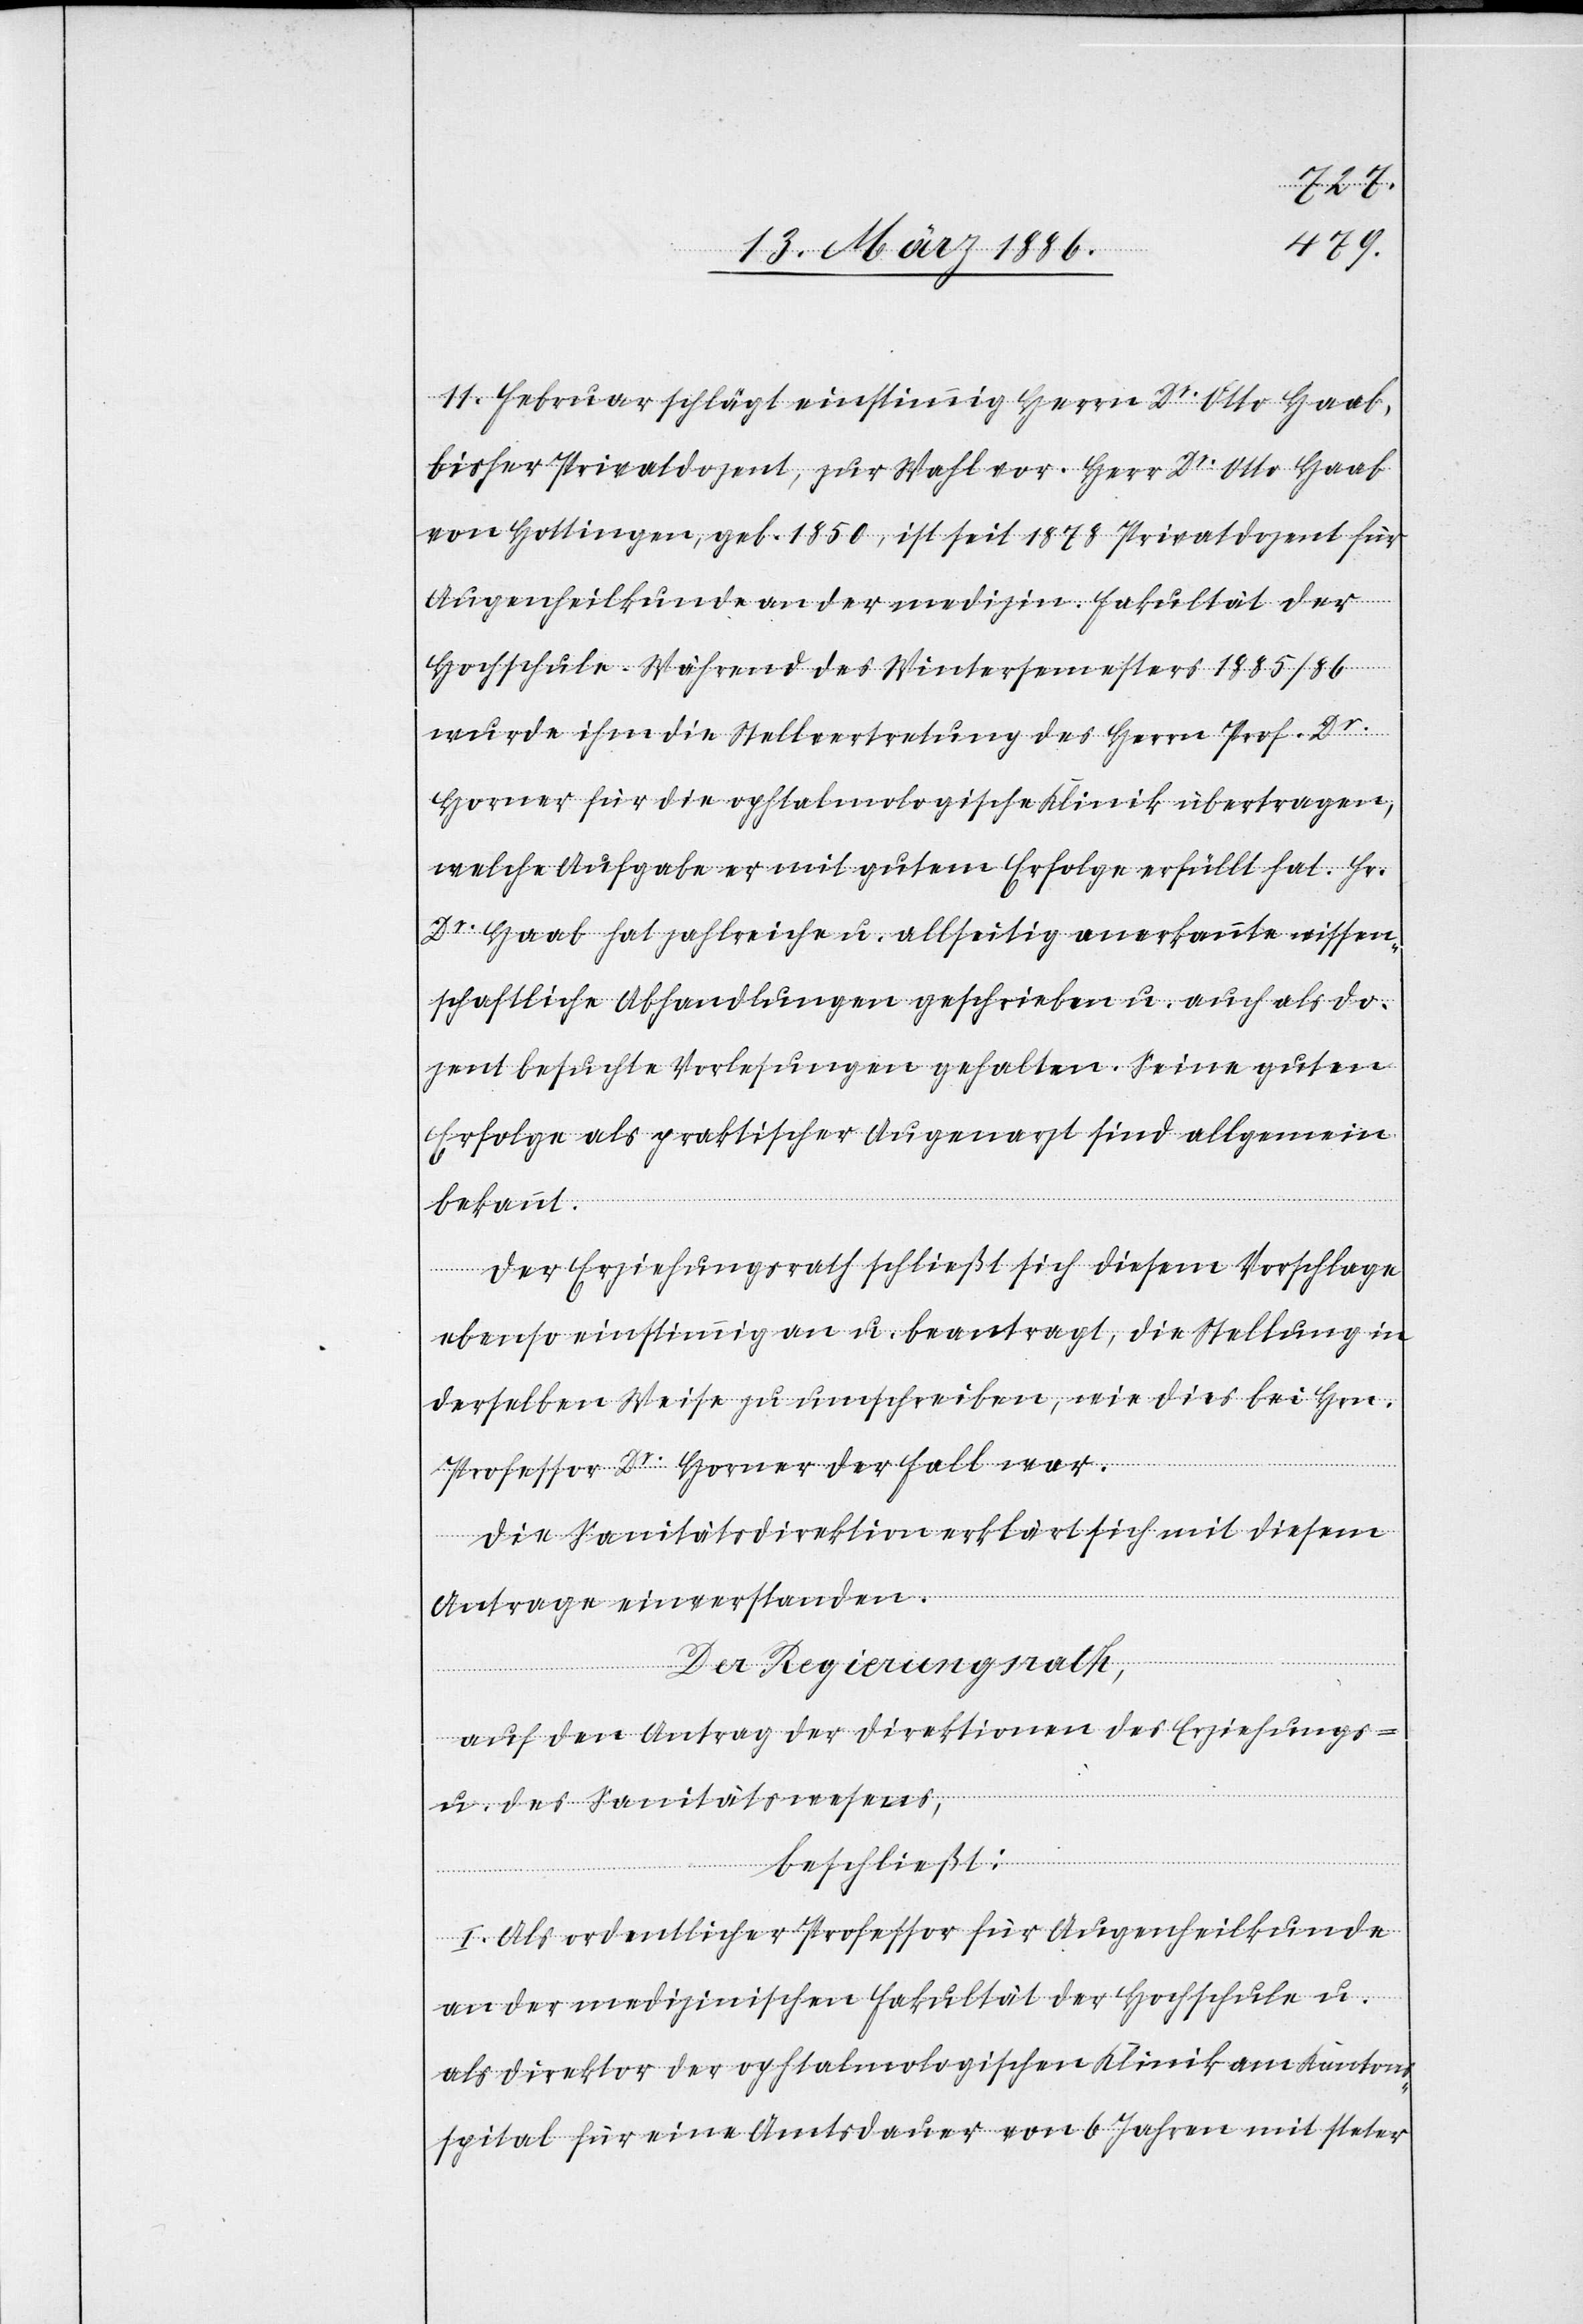
11. Februar schlägt einstimmig Herrn Dr. Otto Haab,
bisher Privatdozent, zur Wahl vor. Herr Dr. Otto Haab
von Hottingen, geb. 1850, ist seit 1878 Privatdozent für
Augenheilkunde an der medizin. Fakultät der
Hochschule. Während des Wintersemesters 1886/86
wurde ihm die Stellvertretung des Herrn Prof. Dr.
Horner für die ophtalmologische Klinik übertragen,
welche Aufgabe er mit gutem Erfolge erfüllt hat. Hr.
Dr. Haab hat zahlreiche u. allseitig anerkannte wissen¬
schaftliche Abhandlungen geschrieben u. auch als Do¬
zent besuchte Vorlesungen gehalten. Seine guten
Erfolge als praktischer Augenarzt sind allgemein
bekannt.
Der Erziehungsrath schließt sich diesem Vorschlage
ebenso einstimmig an u. beantragt, die Stellung in
derselben Weise zu umschreiben, wie dies bei Hrn.
Professor Dr. Horner der Fall war.
Die Sanitätsdirektion erklärt sich mit diesem
Antrage einverstanden.
Der Regierungsrath,
auf den Antrag der Direktionen des Erziehungs-
u. des Sanitätswesens,
beschließt:
I. Als ordentlicher Professor für Augenheilkunde
an der medizinischen Fakultät der Hochschule u.
als Direktor der ophtalmologischen Klinik am Kantons¬
spital für eine Amtsdauer von 6 Jahren mit steter